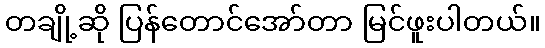
တချို့ဆို ပြန်တောင်အော်တာ မြင်ဖူးပါတယ်။